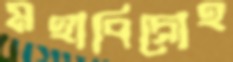
মহাবিদ্রোহ